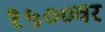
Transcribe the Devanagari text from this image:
१५००वर